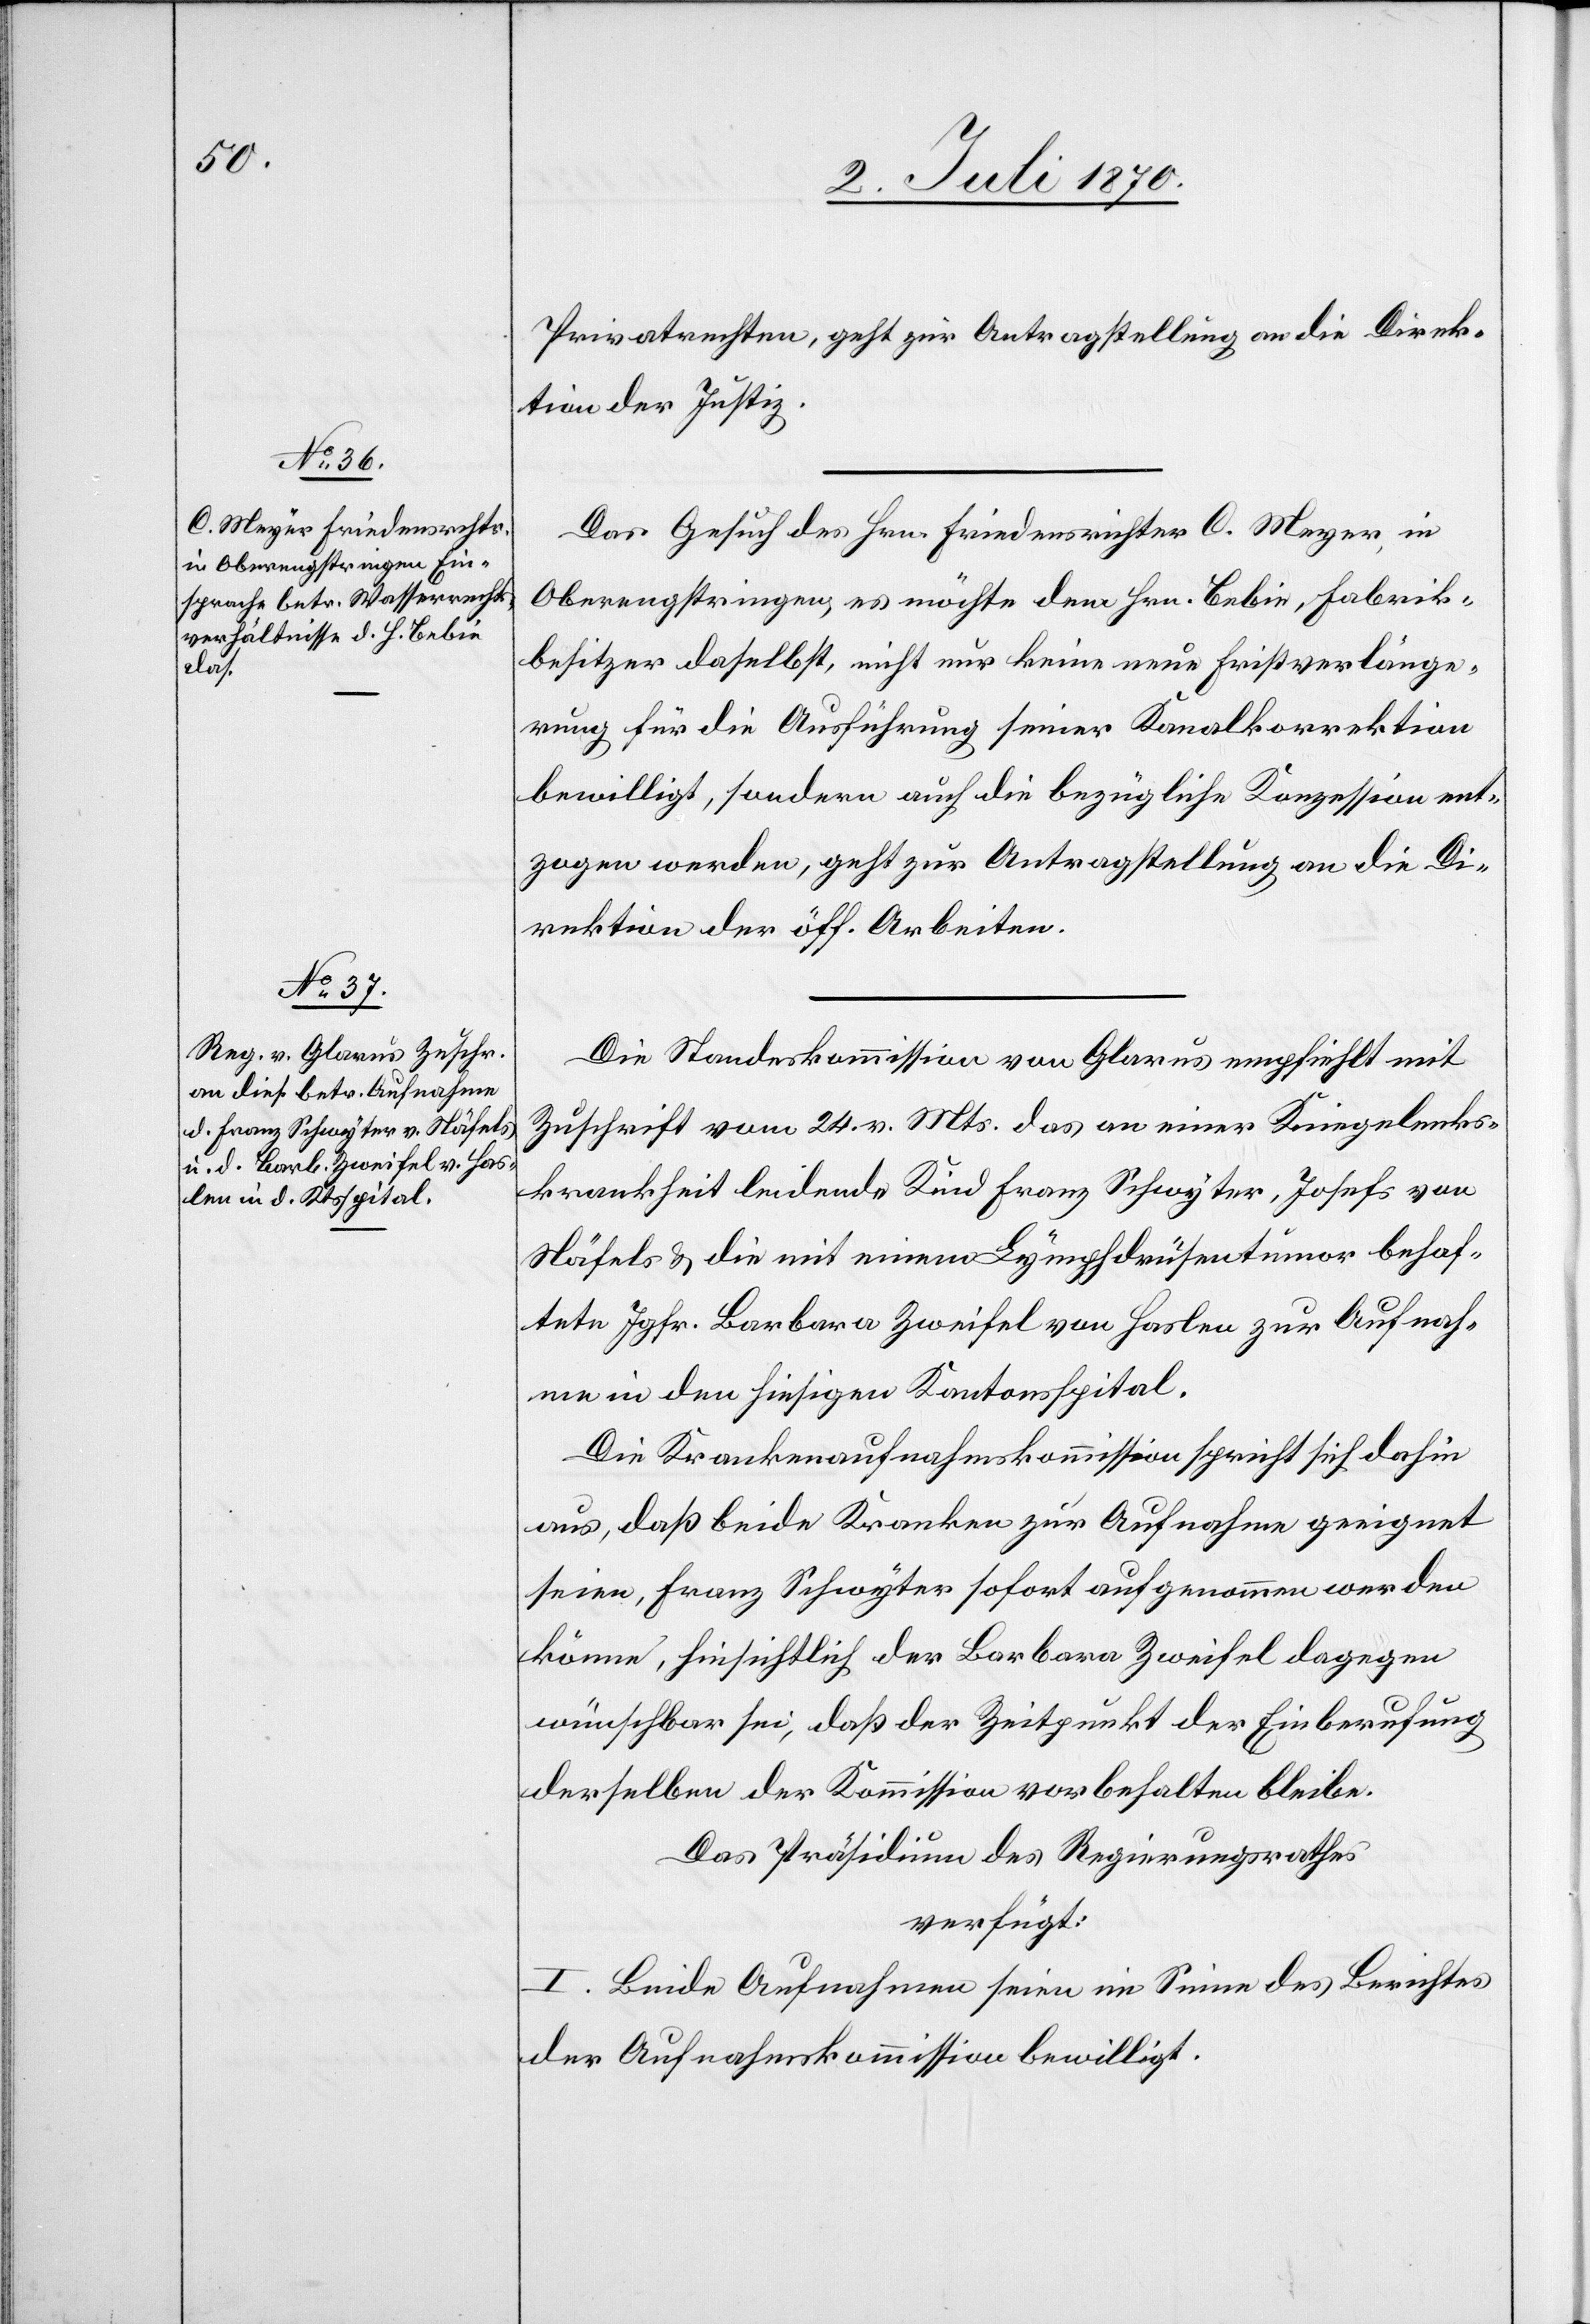
4. Juli 1870.]
Privatrechten, geht zur Antragstellung an die Direk¬
tion der Justiz.
Oberengstringen, es möchte dem Hrn. Bebie, Fabrik¬
besitzer daselbst, nicht nur keine neue Fristverlänge¬
rung für die Ausführung seiner Kanalkorrektion
bewilligt, sondern auch die bezügliche Konzession ent¬
zogen werden, geht zur Antragstellung an die Di¬
rektion der öff. Arbeiten.
Die Standeskommission von Glarus empfiehlt mit
Zuschrift vom 24. v. Mts. das an einer Kniegelenks¬
krankheit leidende Kind Franz Schwyter, Josefs
Näfels & die mit einem Lympfdrüsentumor behaf¬
tete Jgfr. Barbara Zweifel von Haslen zur Aufnah¬
me in den hiesigen Kantonsspital.
Die Krankenaufnahmskommission spricht sich dahin
aus, daß beide Kranken zur Aufnahme geeignet
seien, Franz Schwyter sofort aufgenommen werden
könne, hinsichtlich der Barbara Zweifel dagegen
wünschbar sei, daß der Zeitpunkt der Einberufung
derselben der Kommission vorbehalten bleibe.
Das Präsidium des Regierungsrathes
verfügt:
I. Beide Aufnahmen seien im Sinne des Berichtes
der Aufnahmskommission bewilligt.